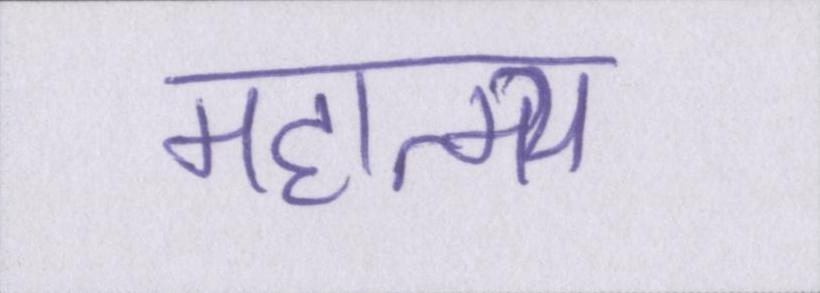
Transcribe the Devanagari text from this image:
महात्म्य